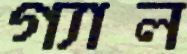
গ্যাল